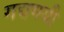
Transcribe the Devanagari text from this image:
गद्यमयी